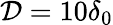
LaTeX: \mathcal{D}=10\delta_{0}